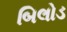
બિલોડ